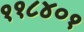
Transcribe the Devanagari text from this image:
११८४०१